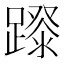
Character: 𨄛